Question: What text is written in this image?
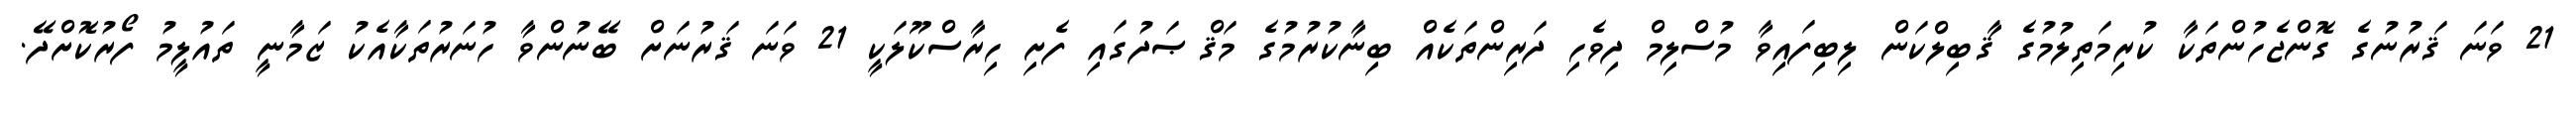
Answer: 21 ވަނަ ޤަރުނުގެ ގޮންޖެހުންތަކާ ކުރިމަތިލުމުގެ ޤާބިލްކަން ލިބިފައިވާ މުސްލިމް ދިވެހި ދަރިންތަކެއް ބިނާކުރުމުގެ މަޤްޞަދުގައި ފެށި ހިރާސްކޫލަކީ 21 ވަނަ ޤަރުނަށް ބޭނުންވާ ހުނަރުތަކާއެކު ޒަމާނީ ތައުލީމު ފޯރުކޮށްދޭ.